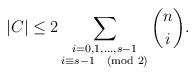
LaTeX: \begin{align*}|C|\leq 2\sum_{\substack{i=0,1,\ldots, s-1\\ i\equiv s-1\pmod{2}}}\binom{n}{i}.\end{align*}